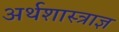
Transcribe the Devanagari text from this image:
अर्थशास्त्राज्ञ